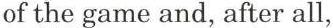
of the game and, after all,